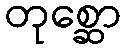
တုစ္ဆော